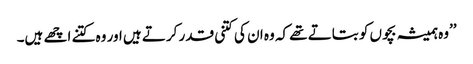
’’وہ ہمیشہ بچوں کو بتاتے تھے کہ وہ ان کی کتنی قدر کرتے ہیں اور وہ کتنے اچھے ہیں۔